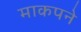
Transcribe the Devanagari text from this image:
माकपने